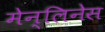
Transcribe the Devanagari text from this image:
मेन्लिनेस